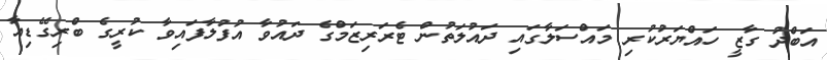
އަބްދު ގާޒީ ހައްޔަރުކުރި މައްސަލާގައި ދައުލަތުން ޓެރަރިޒަމްގެ ދައުވާ އުފުލާފައިވާ ކުރީގެ ބްރިގޭޑިއާ